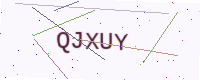
Text: QJXUY